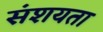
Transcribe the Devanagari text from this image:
संशयता